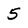
Character: 5